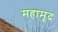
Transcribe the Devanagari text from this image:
महामूद